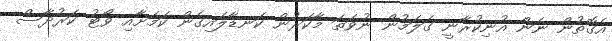
އެގޮތުން ނަން އުނިކުރާނީ ގަލަމުން ނުވަތަ މާކަރުން ކަނޑާލައިގެން ކަމަށާއި ވޯޓު ކަރުދާސް